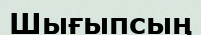
Шығыпсың